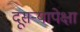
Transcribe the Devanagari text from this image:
दूसर्‍यापेक्षा